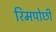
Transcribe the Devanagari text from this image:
रिमपोछी